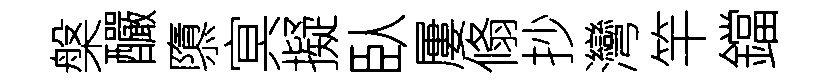
槃釅隳㝠擬臥屢翛抄灣竿鐺